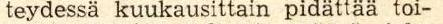
teydessä kuukausittain pidättää toi-